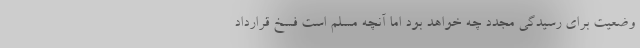
وضعیت برای رسیدگی مجدد چه خواهد بود اما آنچه مسلم است فسخ قرارداد